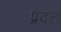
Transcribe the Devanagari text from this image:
प्रदत्तं